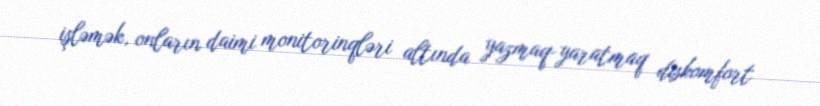
işləmək, onların daimi monitorinqləri altında yazmaq-yaratmaq diskomfort